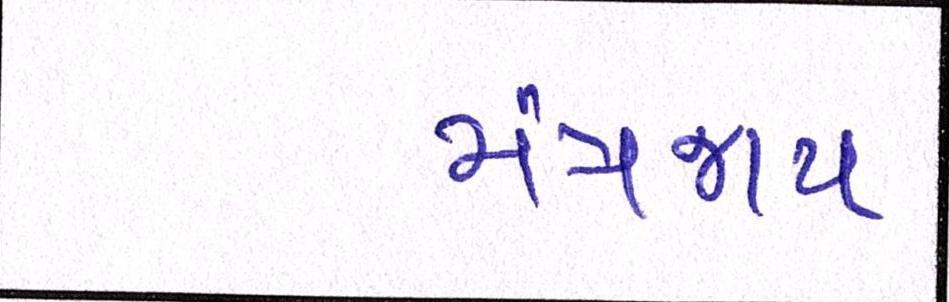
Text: મંત્રજાપ